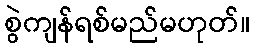
စွဲကျန်ရစ်မည်မဟုတ်။